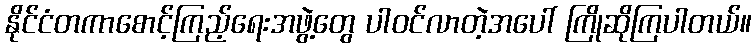
နိုင်ငံတကာစောင့်ကြည့်ရေးအဖွဲ့တွေ ပါဝင်လာတဲ့အပေါ် ကြိုဆိုကြပါတယ်။